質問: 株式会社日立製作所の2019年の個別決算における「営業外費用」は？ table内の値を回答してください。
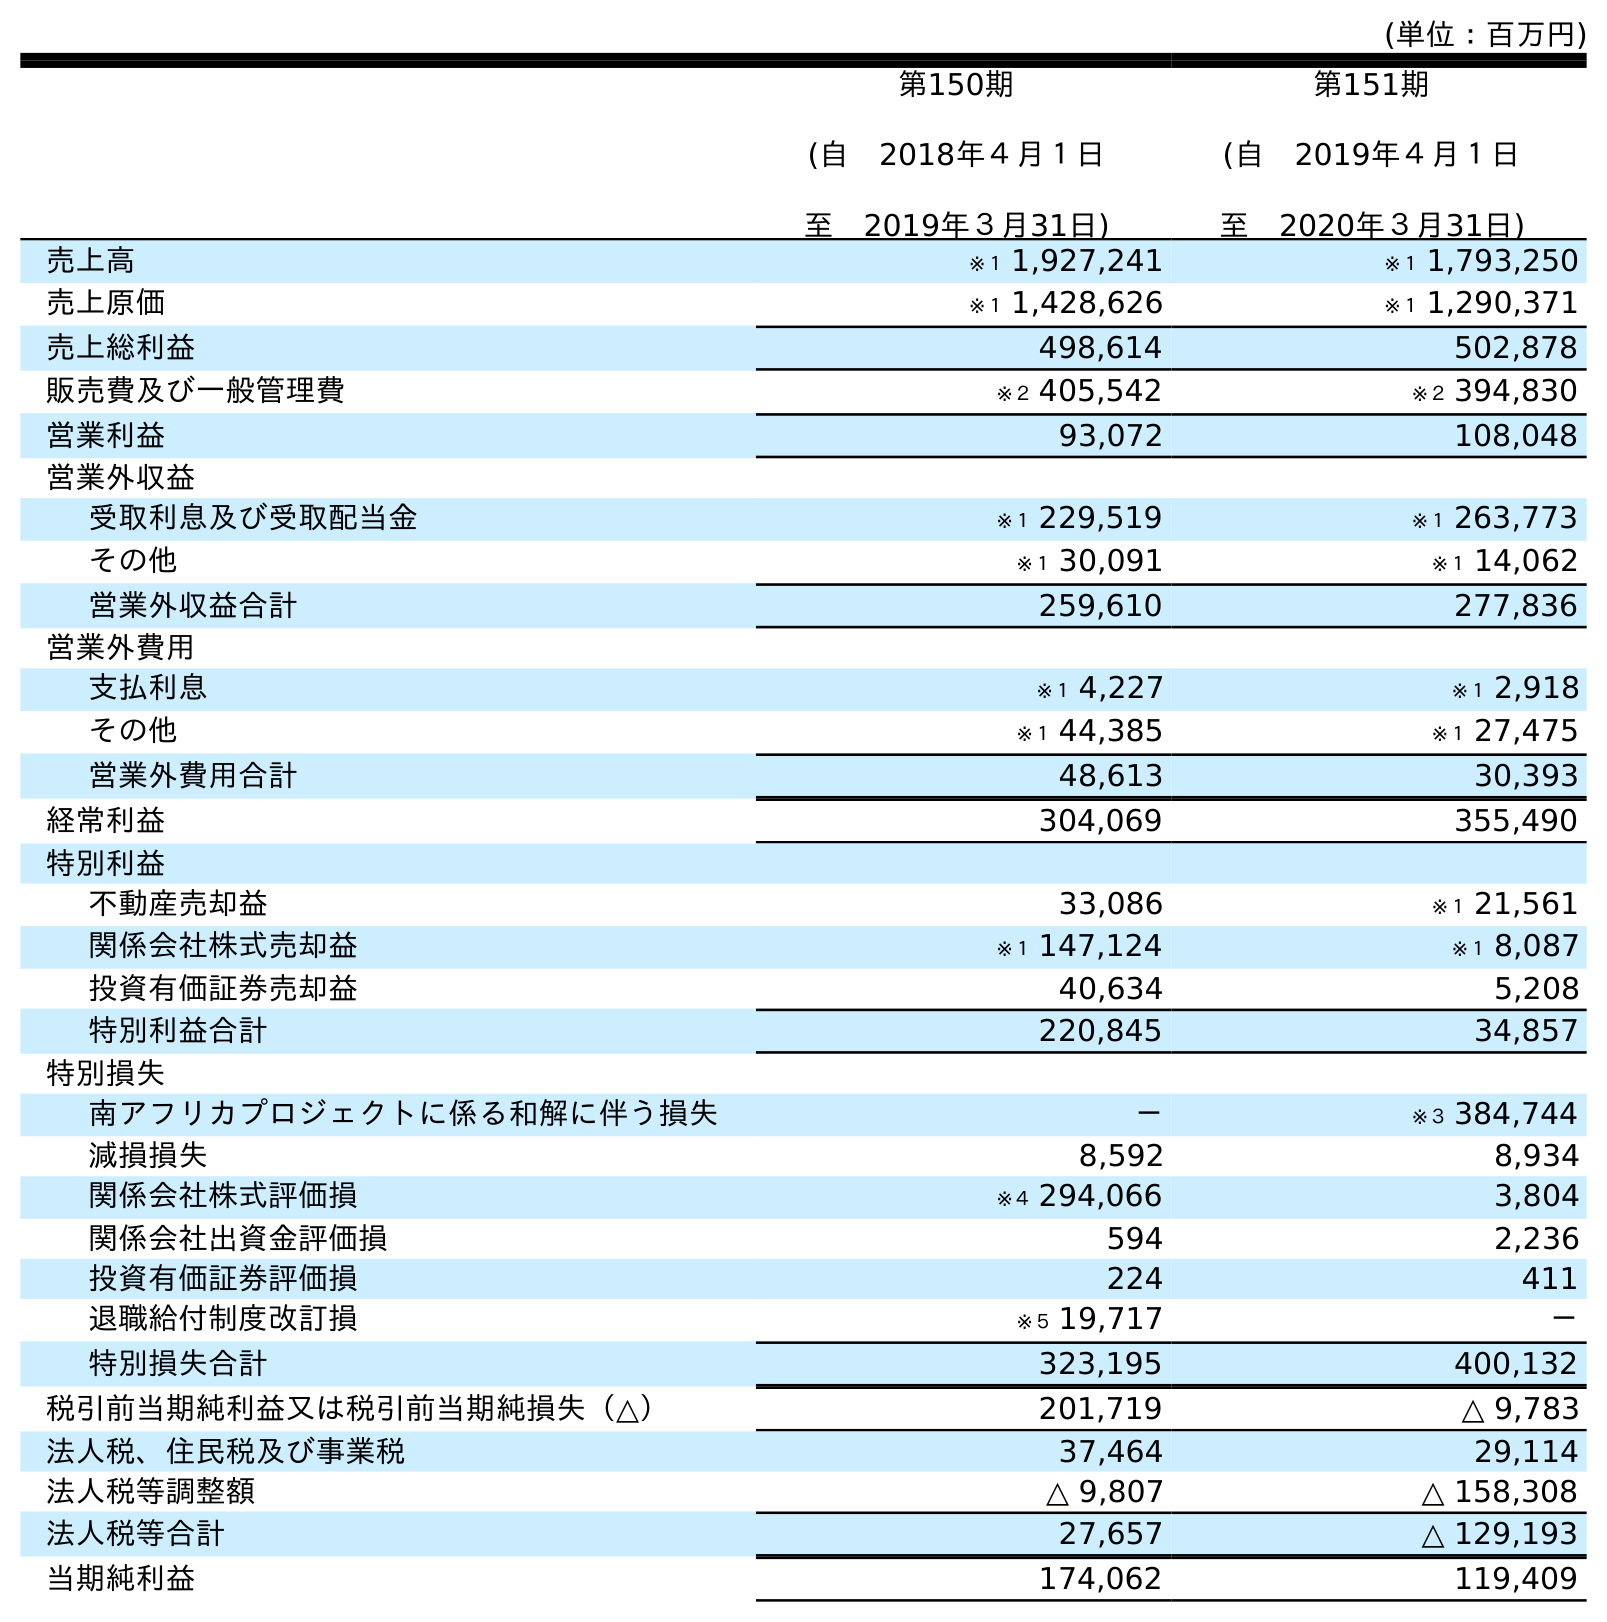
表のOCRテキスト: (単位：百万円) 第150期 (自 2018年４月１日 至 2019年３月31日) 第151期 (自 2019年４月１日 至 2020年３月31日) 売上高 ※１ 1,927,241 ※１ 1,793,250 売上原価 ※１ 1,428,626 ※１ 1,290,371 売上総利益 498,614 502,878 販売費及び一般管理費 ※２ 405,542 ※２ 394,830 営業利益 93,072 108,048 営業外収益 受取利息及び受取配当金 ※１ 229,519 ※１ 263,773 その他 ※１ 30,091 ※１ 14,062 営業外収益合計 259,610 277,836 営業外費用 支払利息 ※１ 4,227 ※１ 2,918 その他 ※１ 44,385 ※１ 27,475 営業外費用合計 48,613 30,393 経常利益 304,069 355,490 特別利益 不動産売却益 33,086 ※１ 21,561 関係会社株式売却益 ※１ 147,124 ※１ 8,087 投資有価証券売却益 40,634 5,208 特別利益合計 220,845 34,857 特別損失 南アフリカプロジェクトに係る和解に伴う損失 － ※３ 384,744 減損損失 8,592 8,934 関係会社株式評価損 ※４ 294,066 3,804 関係会社出資金評価損 594 2,236 投資有価証券評価損 224 411 退職給付制度改訂損 ※５ 19,717 － 特別損失合計 323,195 400,132 税引前当期純利益又は税引前当期純損失（△） 201,719 △ 9,783 法人税、住民税及び事業税 37,464 29,114 法人税等調整額 △ 9,807 △ 158,308 法人税等合計 27,657 △ 129,193 当期純利益 174,062 119,409
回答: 48,613